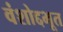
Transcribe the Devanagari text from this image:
वंशोद्दभूत